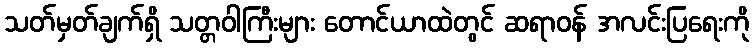
သတ်မှတ်ချက်ရှိ သတ္တဝါကြီးများ တောင်ယာထဲတွင် ဆရာဝန် အလင်းပြရေးကို